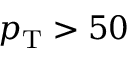
p _ { \mathrm { T } } > 5 0